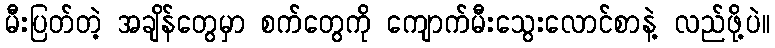
မီးပြတ်တဲ့ အချိန်တွေမှာ စက်တွေကို ကျောက်မီးသွေးလောင်စာနဲ့ လည်ဖို့ပဲ။